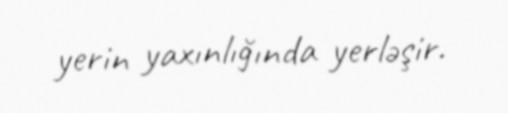
yerin yaxınlığında yerləşir.